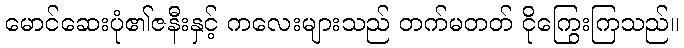
မောင်ဆေးပုံ၏ဇနီးနှင့် ကလေးများသည် တက်မတတ် ငိုကြွေးကြသည်။